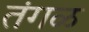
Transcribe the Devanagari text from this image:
तंगळ